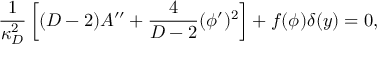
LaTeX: { \frac { 1 } { \kappa _ { D } ^ { 2 } } } \left[ ( D - 2 ) A ^ { \prime \prime } + { \frac { 4 } { D - 2 } } ( \phi ^ { \prime } ) ^ { 2 } \right] + f ( \phi ) \delta ( y ) = 0 ,